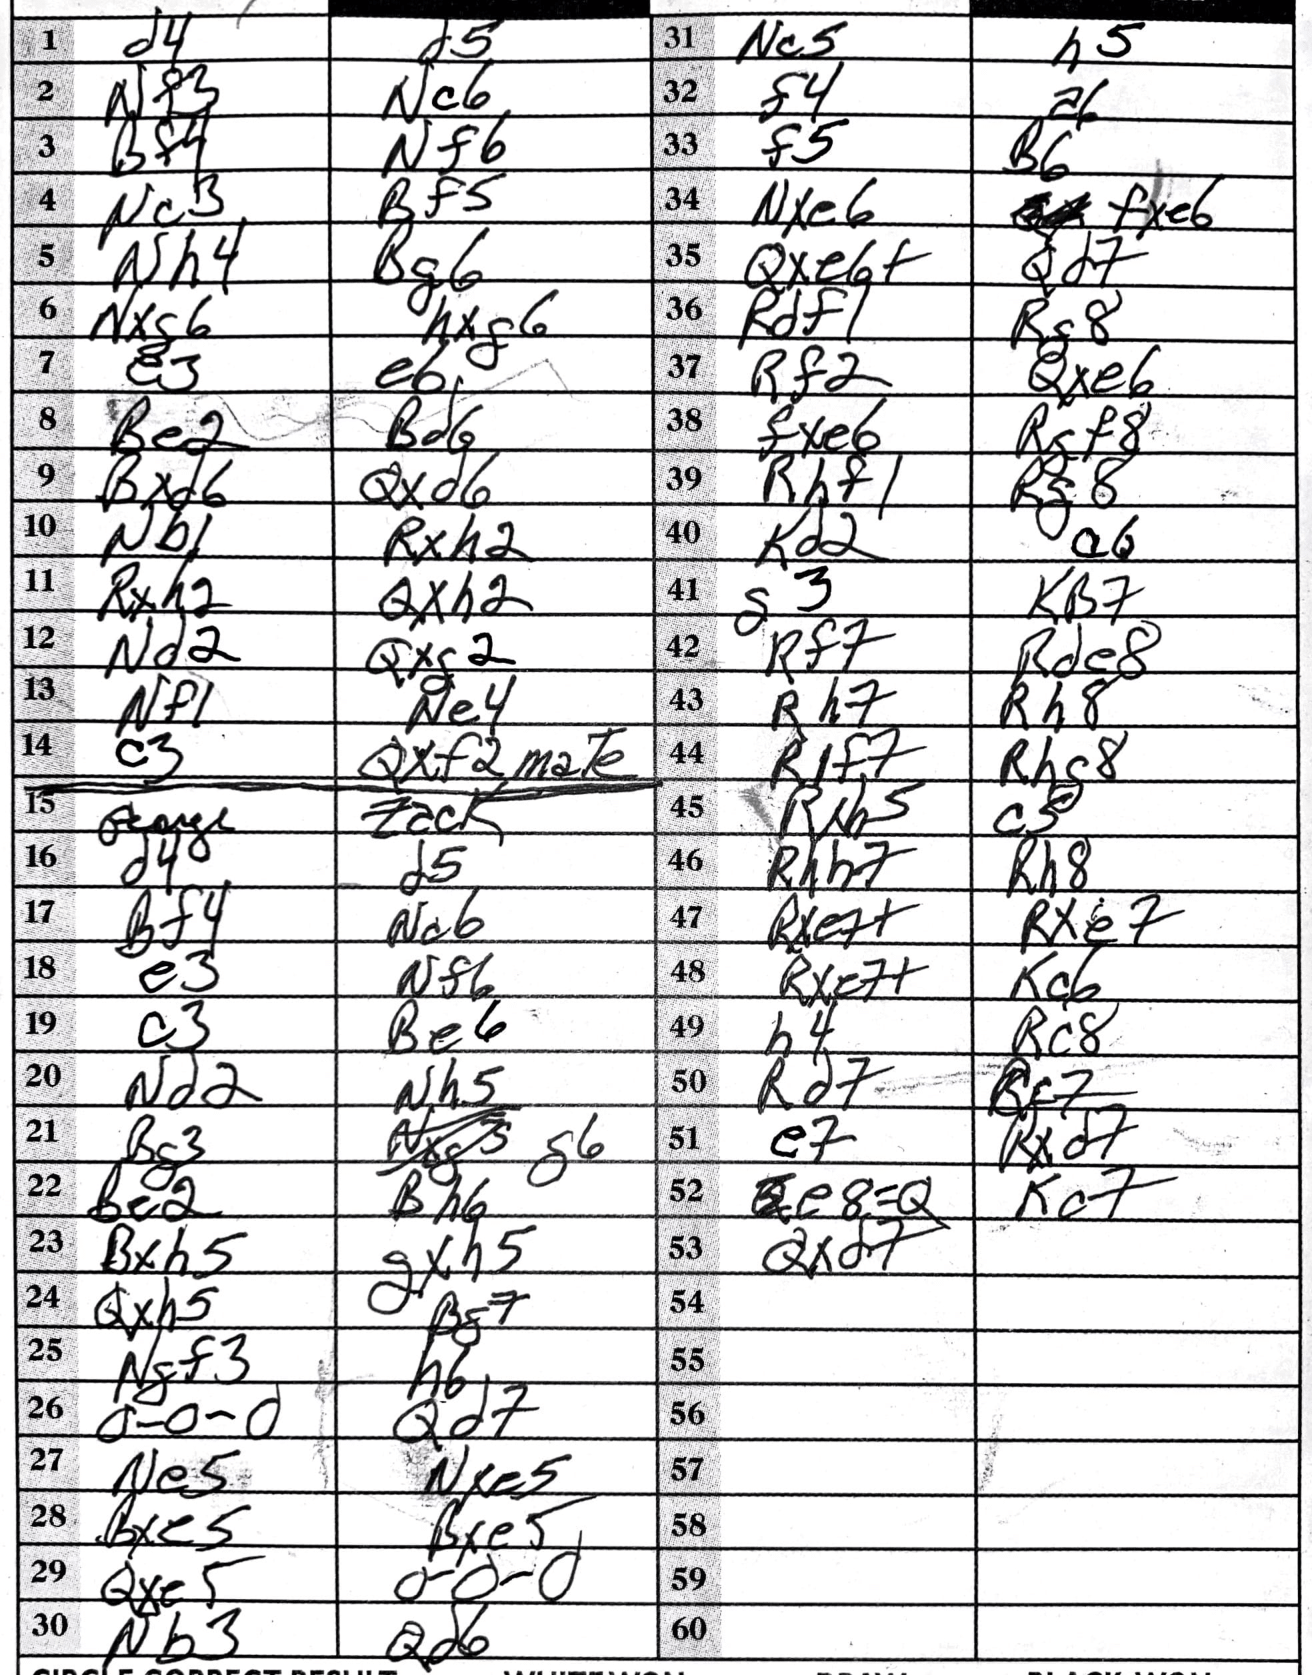
Moves: d4 d5 Nf3 Nc6 Bf4 Nf6 Nc3 Bf5 Nh4 Bg6 Nxg6 hxg6 e3 e6 Be2 Bd6 Bxd6 Qxd6 Nb1 Rxh2 Rxh2 Qxh2 Nd2 Qxg2 Nf1 Ne4 c3 Qxf2 d4 d5 Bf4 Nc6 e3 Nf6 c3 Be6 Nd2 Nh5 Bg3 g6 Be2 Bh6 Bxh5 gxh5 Qxh5 Bg7 Ngf3 h6 O-O-O Qd7 Ne5 Nxe5 Bxe5 Bxe5 Qxe5 O-O-O Nb3 Qd6 Nc5 h5 f4 a6 f5 B6 Nxe6 fxe6 Qxe6+ Qd7 Rdf1 Rg8 Rf2 Qxe6 fxe6 Rgf8 Rhf1 Rg8 Kd2 a6 g3 Kb7 Rf7 Rde8 Rh7 Rh8 R1f7 Rhg8 Rxh5 c5 Rxh7 Rh8 Rxe7+ Rxe7 Rxe7+ Kc6 h4 Rc8 Rd7 Bc7 e7 Rxd7 e8=Q Kc7 Qxd7